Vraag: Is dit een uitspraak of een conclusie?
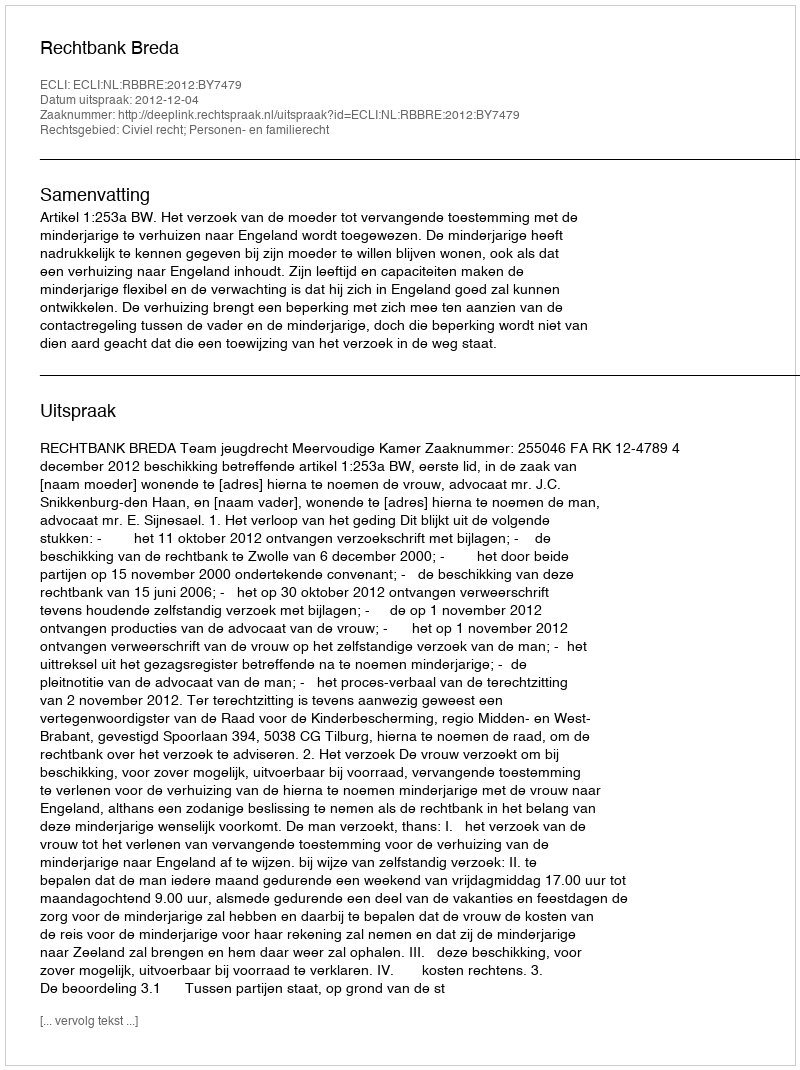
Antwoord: Uitspraak